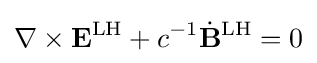
\nabla \times \mathbf {E} ^{\text{LH}}+c^{-1}{\dot {\mathbf {B} }}^{\text{LH}}=0